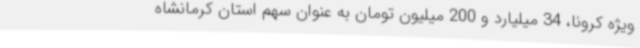
ویژه کرونا، 34 میلیارد و 200 میلیون تومان به عنوان سهم استان کرمانشاه